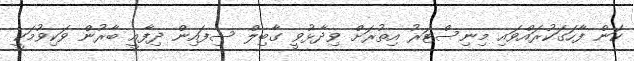
ކަން ފާހަގަކުރައްވައި މިނިސްޓަރު އިތުރަށް ވިދާޅުވީ ގާބިލް ސިފައިން ދިފާއީ ބާރުން ވަކިވުމަކީ